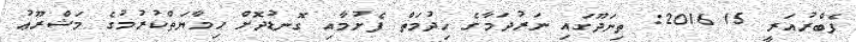
ފެބްރުއަރީ 15 2016: ތިނަދޫގައި ނަރުދަމާގެ ޚިދުމަތް ފެށުމާއި ގޮނޑުދޮށް ޙިމާޔަތްކުރުމުގެ މަޝްރޫޢު